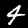
Digit: 4